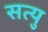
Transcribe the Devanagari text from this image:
सत्यु